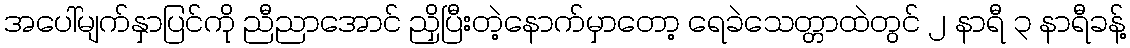
အပေါ်မျက်နှာပြင်ကို ညီညာအောင် ညှိပြီးတဲ့နောက်မှာတော့ ရေခဲသေတ္တာထဲတွင် ၂ နာရီ ၃ နာရီခန့်